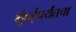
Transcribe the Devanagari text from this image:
मुंबईपर्यंतचा